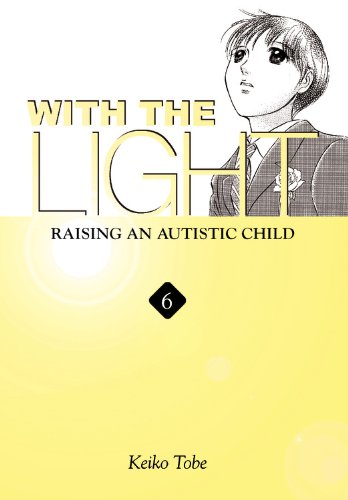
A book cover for With the Light: Raising an Autistic Child, Vol. 6; Keiko Tobe; Comics & Graphic Novels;